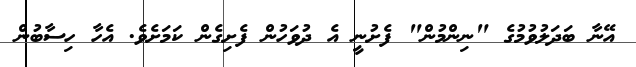
އޭނާ ބަދަލުވުމުގެ "ނިންމުން" ފެށުނީ އެ ދުވަހުން ފެށިގެން ކަމަށެވެ. އެހާ ހިސާބުން